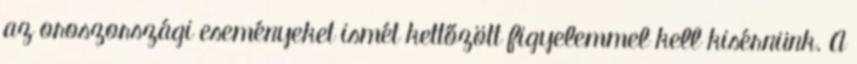
az oroszországi eseményeket ismét kettőzött figyelemmel kell kisérnünk. A